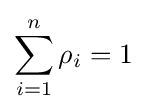
\sum _{i=1}^{n}\rho _{i}=1